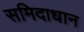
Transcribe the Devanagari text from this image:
समिदाधान